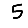
Digit: 5